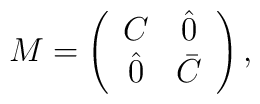
M = \left(  \begin{array}{cc} C  & \hat 0   \\ \hat 0  &  \bar C \end{array} \right),